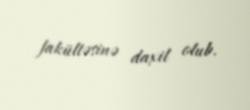
fakültəsinə daxil olub.